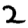
Digit: 2